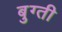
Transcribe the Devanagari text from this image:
बुग्ती